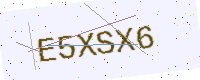
Text: E5XSX6